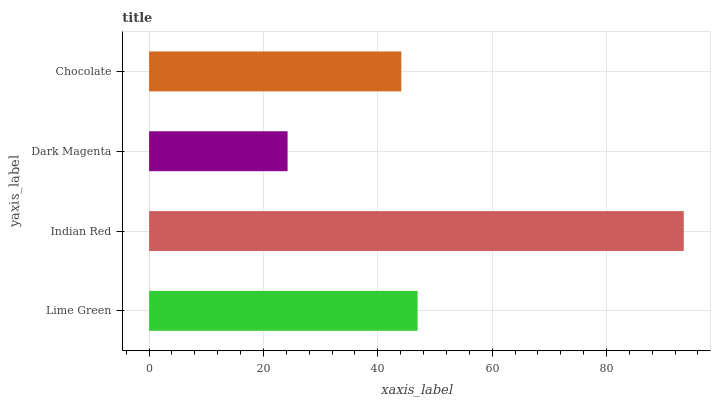
| yaxis_label | bars |
 | --- | --- |
 | Lime Green | 47 |
 | Indian Red | 93.5 |
 | Dark Magenta | 24.2 |
 | Chocolate | 44.1 |